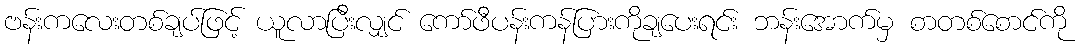
ဗန်းကလေးတစ်ချပ်ဖြင့် ယူလာပြီးလျှင် ကော်ဖီပန်းကန်ပြားကိုချပေးရင်း ဘန်းအောက်မှ စာတစ်စောင်ကို